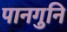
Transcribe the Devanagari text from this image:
पानगुनि